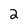
Character: 2